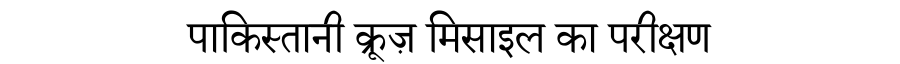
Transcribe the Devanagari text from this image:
पाकिस्तानी क्रूज़ मिसाइल का परीक्षण